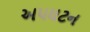
અપઘટન